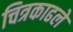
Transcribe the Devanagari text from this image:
चित्रकाढले